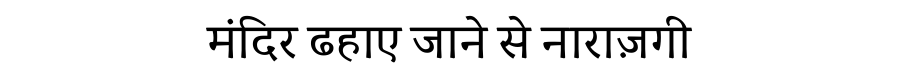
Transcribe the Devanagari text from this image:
मंदिर ढहाए जाने से नाराज़गी